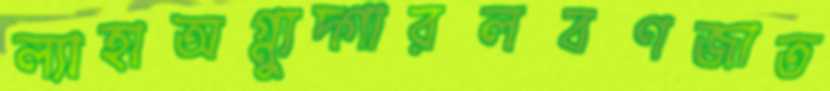
ল্যাহাঅগ্ন্যুদ্গারলবণজাত